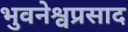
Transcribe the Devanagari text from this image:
भुवनेश्वप्रसाद